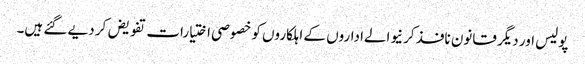
پولیس اور دیگر قانون نافذ کرنیوالےاداروں کے اہلکاروں کو خصوصی اختیارات تفویض کر دیے گئے ہیں۔